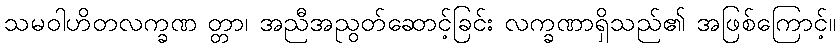
သမဝါဟိတလက္ခဏ တ္တာ၊ အညီအညွတ်ဆောင့်ခြင်း လက္ခဏာရှိသည်၏ အဖြစ်ကြောင့်။